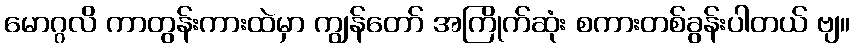
မောဂ္ဂလိ ကာတွန်းကားထဲမှာ ကျွန်တော် အကြိုက်ဆုံး စကားတစ်ခွန်းပါတယ် ဗျ။